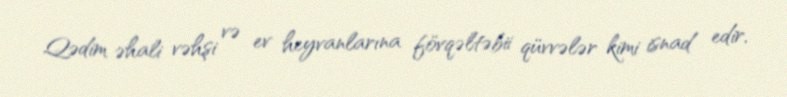
Qədim əhali vəhşi və ev heyvanlarına fövqəltəbii qüvvələr kimi isnad edir,